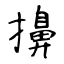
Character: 擤